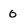
Character: 0